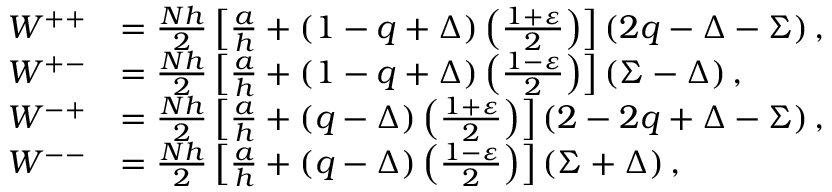
\begin{array} { r l } { W ^ { + + } } & { = \frac { N h } { 2 } \left[ \frac { a } { h } + \left( 1 - q + \Delta \right) \left( \frac { 1 + \varepsilon } { 2 } \right) \right] \left( 2 q - \Delta - \Sigma \right) , } \\ { W ^ { + - } } & { = \frac { N h } { 2 } \left[ \frac { a } { h } + \left( 1 - q + \Delta \right) \left( \frac { 1 - \varepsilon } { 2 } \right) \right] \left( \Sigma - \Delta \right) , } \\ { W ^ { - + } } & { = \frac { N h } { 2 } \left[ \frac { a } { h } + \left( q - \Delta \right) \left( \frac { 1 + \varepsilon } { 2 } \right) \right] \left( 2 - 2 q + \Delta - \Sigma \right) , } \\ { W ^ { -- } } & { = \frac { N h } { 2 } \left[ \frac { a } { h } + \left( q - \Delta \right) \left( \frac { 1 - \varepsilon } { 2 } \right) \right] \left( \Sigma + \Delta \right) , } \end{array}